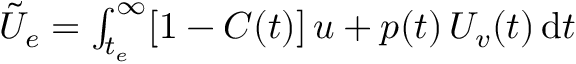
\begin{array} { r } { \tilde { U } _ { e } = \int _ { t _ { e } } ^ { \infty } [ 1 - C ( t ) ] \, u + p ( t ) \, U _ { v } ( t ) \, \mathrm { d } t } \end{array}